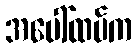
အပေါ်ထပ်က